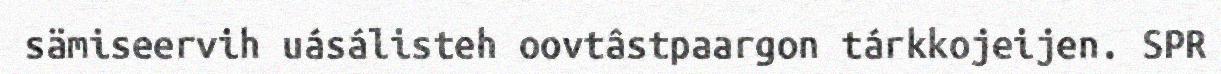
sämiseervih uásálisteh oovtâstpaargon tárkkojeijen. SPR